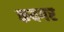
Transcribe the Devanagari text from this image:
कयगर